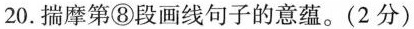
20.揣摩第⑧段画线句子的意蕴。(2分)